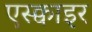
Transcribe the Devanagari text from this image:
एस्क्वाइर